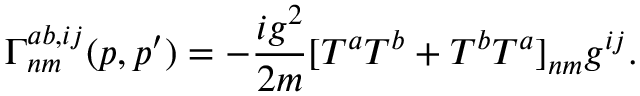
\Gamma _ { n m } ^ { a b , i j } ( p , p ^ { \prime } ) = - \frac { i g ^ { 2 } } { 2 m } [ T ^ { a } T ^ { b } + T ^ { b } T ^ { a } ] _ { n m } g ^ { i j } .